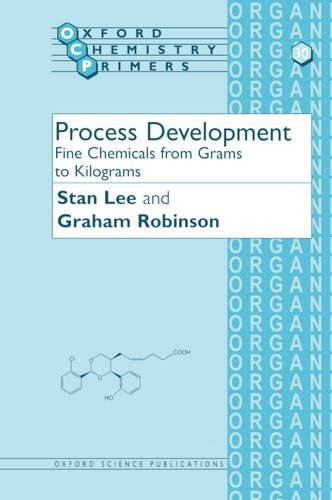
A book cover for Process Development: Fine Chemicals from Grams to Kilograms (Oxford Chemistry Primers); Stan Lee; Medical Books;